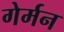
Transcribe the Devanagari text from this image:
गेर्मन